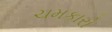
ચમકારો